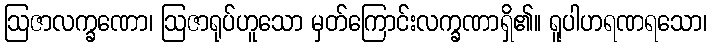
ဩဇာလက္ခဏော၊ ဩဇာရုပ်ဟူသော မှတ်ကြောင်းလက္ခဏာရှိ၏။ ရူပါဟရဏရသော၊